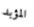
المؤبد